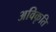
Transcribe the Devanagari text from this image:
अविकृति